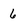
Character: 6